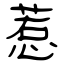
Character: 惹